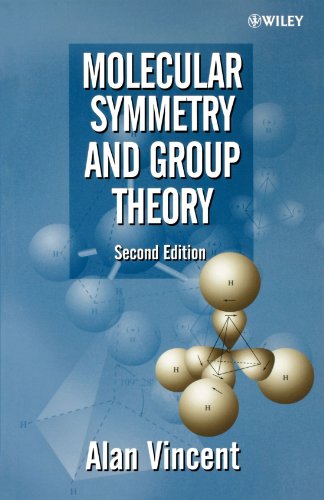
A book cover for Molecular Symmetry and Group Theory : A Programmed Introduction to Chemical Applications, 2nd Edition; Alan Vincent; Science & Math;